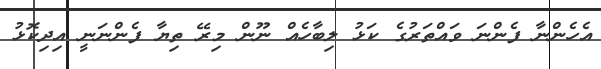
އެހެންނާ ފެންނަ ވައްތަރުގެ ކަޅު ލިބާހެއް ނޫން މިރޭ ތިޔާ ފެންނަނީ އިދިކޮޅު